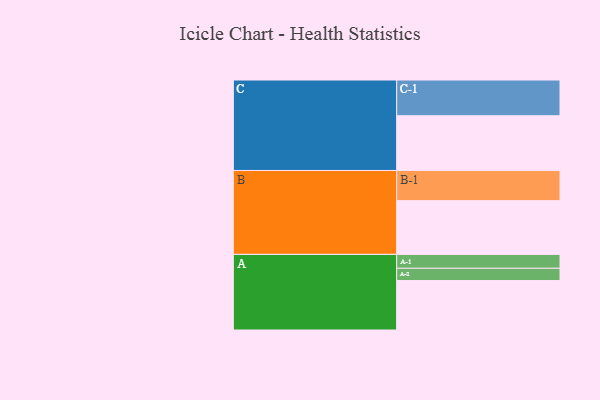
{"axis": {"x": "Segment", "y": "Value"}, "legend": ["", "A", "B", "C"], "data": [{"x": "A", "y": 346, "type": ""}, {"x": "B", "y": 376, "type": ""}, {"x": "C", "y": 383, "type": ""}, {"x": "A-1", "y": 97, "type": "A"}, {"x": "A-2", "y": 86, "type": "A"}, {"x": "B-1", "y": 211, "type": "B"}, {"x": "C-1", "y": 250, "type": "C"}]}